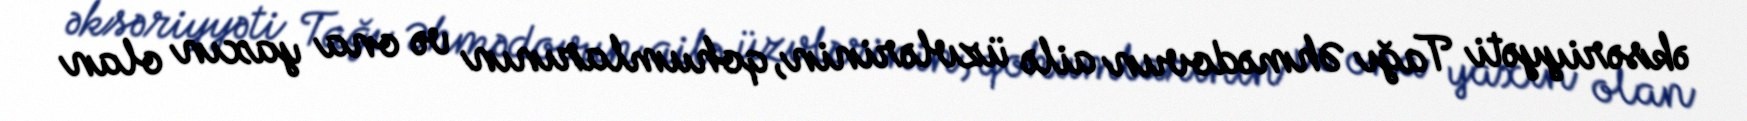
əksəriyyəti Tağı Əhmədovun ailə üzvlərinin, qohumlarının və ona yaxın olan